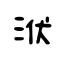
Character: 洑